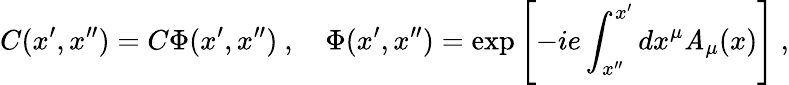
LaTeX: C(x^{\prime},x^{\prime\prime})=C\Phi(x^{\prime},x^{\prime\prime})\ ,\quad\Phi(x^{\prime},x^{\prime\prime})=\exp\left[-ie\int_{x^{\prime\prime}}^{x^{\prime}}dx^{\mu}\mathit{A}_{\mu}(x)\right]\ ,